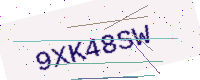
Text: 9XK48SW